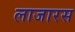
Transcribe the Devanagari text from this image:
लाजारस